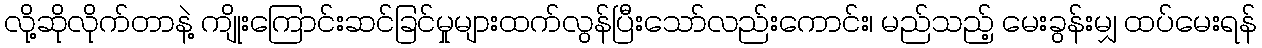
လို့ဆိုလိုက်တာနဲ့ ကျိုးကြောင်းဆင်ခြင်မှုများထက်လွန်ပြီးသော်လည်းကောင်း၊ မည်သည့် မေးခွန်းမျှ ထပ်မေးရန်